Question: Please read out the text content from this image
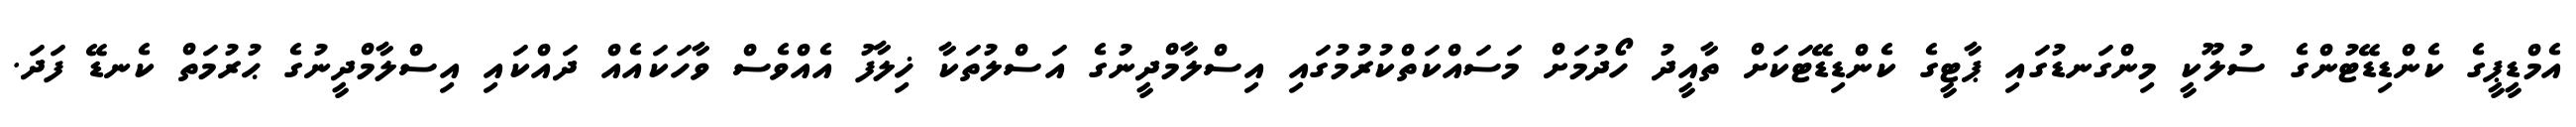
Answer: އެމްޑީޕީގެ ކެންޑިޑޭޓުންގެ ސުލޫކީ މިންގަނޑުގައި ޕާޓީގެ ކެންޑިޑޭޓަކަށް ތާއީދު ހޯދުމަށް މަސައްކަތްކުރުމުގައި އިސްލާމްދީނުގެ އަސްލުތަކާ ޚިލާފު އެއްވެސް ވާހަކައެއް ދައްކައި އިސްލާމްދީނުގެ ޙުރުމަތް ކެނޑޭ ފަދަ.